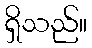
ရှိသည်။